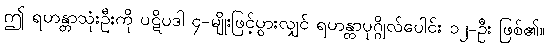
ဤ ရဟန္တာသုံးဦးကို ပဋိပဒါ ၄-မျိုးဖြင့်ပွားလျှင် ရဟန္တာပုဂ္ဂိုလ်ပေါင်း ၁၂-ဦး ဖြစ်၏။